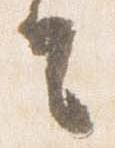
去